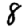
Digit: 8